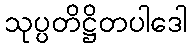
သုပ္ပတိဋ္ဌိတပါဒေါ